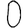
Digit: 0